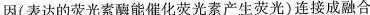
因(表达的荧光素酶能催化荧光素产生荧光)连接成融合